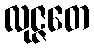
လုဇ္ဇတေ